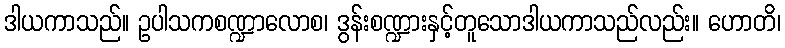
ဒါယကာသည်။ ဥပါသကစဏ္ဍာလောစ၊ ဒွန်းစဏ္ဍားနှင့်တူသောဒါယကာသည်လည်း။ ဟောတိ၊